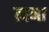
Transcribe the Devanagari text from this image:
त्यना